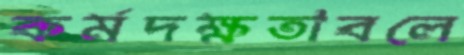
কর্মদক্ষতাবলে